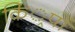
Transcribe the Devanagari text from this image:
किं्रपों